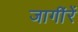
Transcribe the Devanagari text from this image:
जागींरें